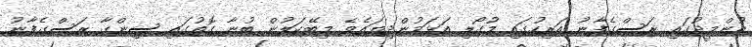
އުންމީދުގައި ރަސްގެފާނު އަރިހުގައި މުގޯލި އަޅަމުންދިޔައެވެ. މިބޭކަލުން ބުނާ ގޮތުގައި ސިންގާ ރަސްގެފާނު